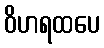
ဝိဟရထပေ